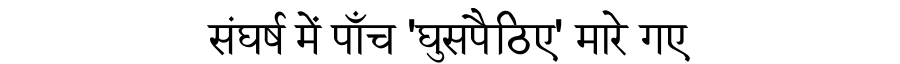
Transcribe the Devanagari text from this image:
संघर्ष में पाँच 'घुसपैठिए' मारे गए